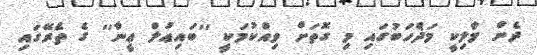
ދެން މާލިކީ މަޛްހަބުގައި މި ގޮތަށް ވިއްކުމަކީ ''ބައިޢުލް ޢީނާ'' ގެ ތެރޭގައި